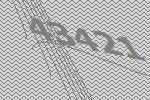
43421